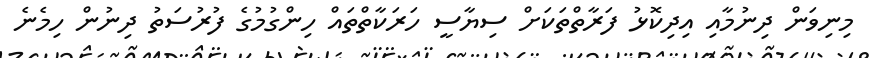
މިނިވަން ދިނުމާއި އިދިކޮޅު ފަރާތްތަކަށް ސިޔާސީ ހަރަކާތްތައް ހިންގުމުގެ ފުރުސަތު ދިނުން ހިމެނެ